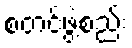
စတင်ဖွဲ့စည်း